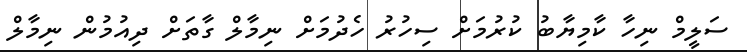
ސަލީމް ނިހާ ކާމިޔާބު ކުރުމަށް ސިހުރު ހެދުމަށް ނިމާލް ގާތަށް ދިއުމުން ނިމާލް